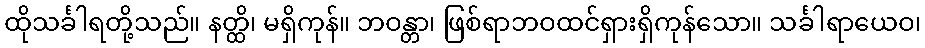
ထိုသင်္ခါရတို့သည်။ နတ္ထိ၊ မရှိကုန်။ ဘဝန္တာ၊ ဖြစ်ရာဘဝထင်ရှားရှိကုန်သော။ သင်္ခါရာယေဝ၊